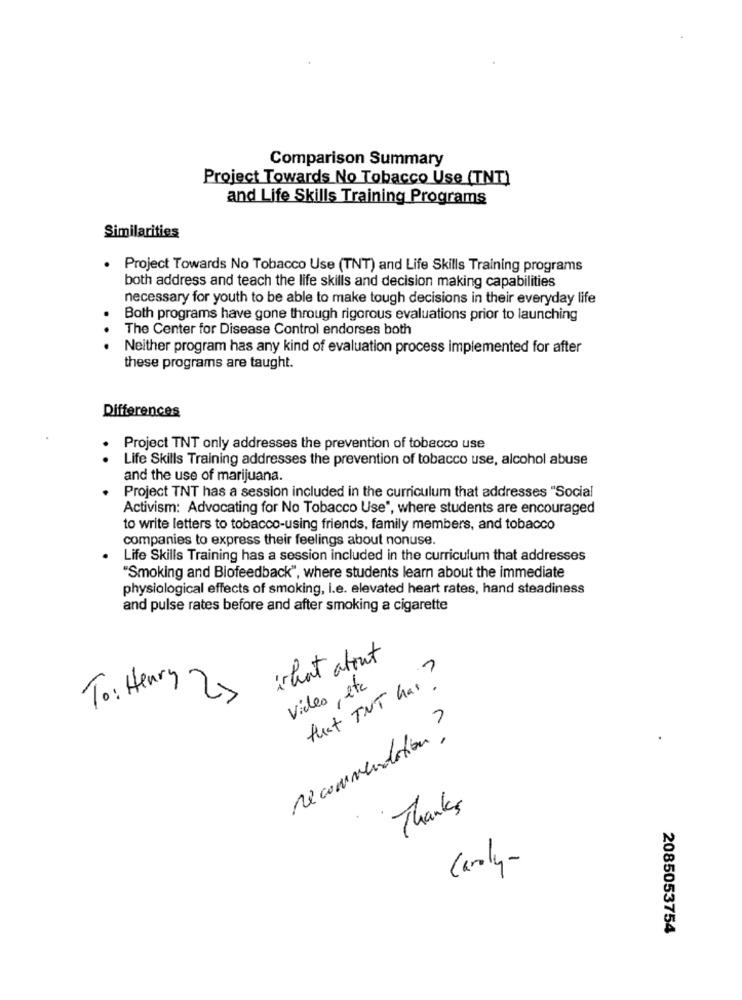
Comparison Summary
Project Towards No Tobacco Use (TNT)
and Life Skills Training Programs
Similarities
. Project Towards No Tobacco Use (TNT) and Life Skills Training programs
both address and teach the life skills and decision making capabilities
necessary for youth to be able to make tough decisions in their everyday life
Both programs have gone through rigorous evaluations prior to launching
The Center for Disease Control endorses both
.. .
Neither program has any kind of evaluation process implemented for after
these programs are taught.
Differences
Project TNT only addresses the prevention of tobacco use
Life Skills Training addresses the prevention of tobacco use, alcohol abuse
and the use of marijuana.
Project TNT has a session included in the curriculum that addresses "Social
Activism: Advocating for No Tobacco Use", where students are encouraged
to write letters to tobacco-using friends, family members, and tobacco
companies to express their feelings about nonuse.
Life Skills Training has a session included in the curriculum that addresses
"Smoking and Biofeedback", where students learn about the immediate
physiological effects of smoking, i.e. elevated heart rates, hand steadiness
and pulse rates before and after smoking a cigarette
what about
that TNT har?
To: Henry
Video, etc
recommendation?
Thanks
Caroly-
2085053754